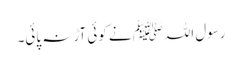
رسول اللہﷺ نے کوئی آڑ نہ پائی۔